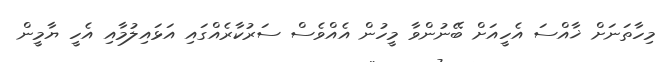
މިހާތަނަށް ޚާއްސަ އެހީއަށް ބޭނުންވާ މީހުން އެއްވެސް ސަރުކާރެއްގައި އަޅައިލުމާއި އެހީ ޔާމީން